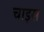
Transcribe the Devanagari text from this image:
चाइस